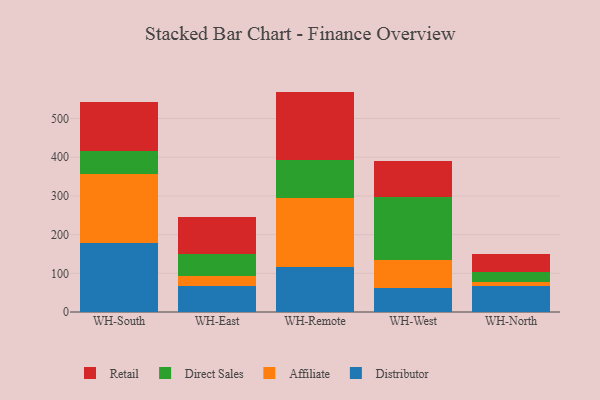
{"axis": {"x": "Warehouse", "y": "Conversion Rate (%)"}, "legend": ["Affiliate", "Direct Sales", "Distributor", "Retail"], "data": [{"x": "WH-South", "y": 178.1, "type": "Distributor"}, {"x": "WH-South", "y": 178.3, "type": "Affiliate"}, {"x": "WH-South", "y": 60.6, "type": "Direct Sales"}, {"x": "WH-South", "y": 126.9, "type": "Retail"}, {"x": "WH-East", "y": 67.9, "type": "Distributor"}, {"x": "WH-East", "y": 25.6, "type": "Affiliate"}, {"x": "WH-East", "y": 55.7, "type": "Direct Sales"}, {"x": "WH-East", "y": 95.6, "type": "Retail"}, {"x": "WH-Remote", "y": 116.3, "type": "Distributor"}, {"x": "WH-Remote", "y": 178.4, "type": "Affiliate"}, {"x": "WH-Remote", "y": 99.4, "type": "Direct Sales"}, {"x": "WH-Remote", "y": 175.5, "type": "Retail"}, {"x": "WH-West", "y": 60.8, "type": "Distributor"}, {"x": "WH-West", "y": 72.9, "type": "Affiliate"}, {"x": "WH-West", "y": 163.2, "type": "Direct Sales"}, {"x": "WH-West", "y": 93.8, "type": "Retail"}, {"x": "WH-North", "y": 67.1, "type": "Distributor"}, {"x": "WH-North", "y": 10.8, "type": "Affiliate"}, {"x": "WH-North", "y": 26.7, "type": "Direct Sales"}, {"x": "WH-North", "y": 45.9, "type": "Retail"}]}